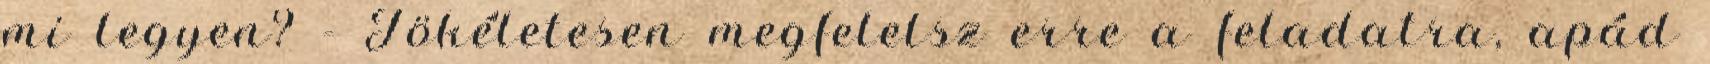
mi legyen? - Tökéletesen megfelelsz erre a feladatra, apád